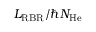
L _ { \mathrm { R B R } } / \hbar N _ { \mathrm { H e } }